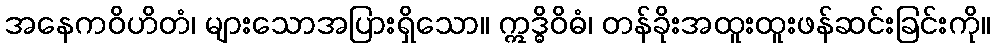
အနေကဝိဟိတံ၊ များသောအပြားရှိသော။ ဣဒ္ဓိဝိဓံ၊ တန်ခိုးအထူးထူးဖန်ဆင်းခြင်းကို။